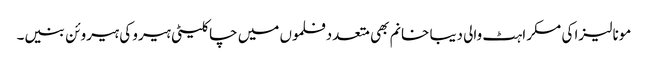
مونا لیزا کی مسکراہٹ والی دیبا خانم بھی متعددفلموں میں چاکلیٹی ہیرو کی ہیروئن بنیں۔